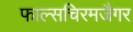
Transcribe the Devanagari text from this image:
फाल्सचिरमजैगर